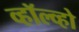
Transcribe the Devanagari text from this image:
व्हॉल्व्हो